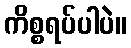
ကိစ္စရပ်ပါပဲ။